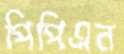
পিপিএন